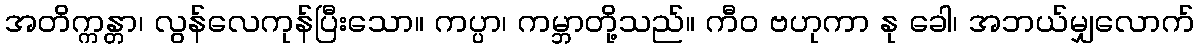
အတိက္ကန္တာ၊ လွန်လေကုန်ပြီးသော။ ကပ္ပာ၊ ကမ္ဘာတို့သည်။ ကီဝ ဗဟုကာ နု ခေါ၊ အဘယ်မျှလောက်